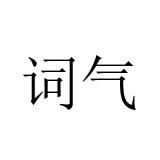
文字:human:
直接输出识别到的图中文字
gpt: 词气